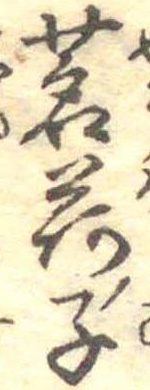
茗荷ノ子